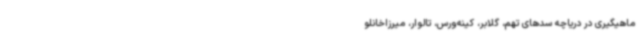
ماهیگیری در دریاچه سدهای تهم، گلابر، کینه‌ورس، تالوار، میرزاخانلو